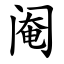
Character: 阉